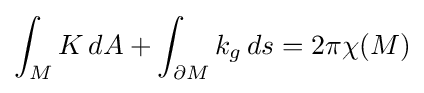
\int _{M}K\,dA+\int _{\partial M}k_{g}\,ds=2\pi \chi (M)